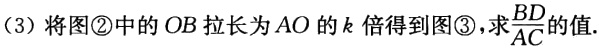
(3)将图\textcircled{2}中的\(OB\)拉长为\(AO\)的\(k\)倍得到图\textcircled{3}，求\(\frac{BD}{AC}\)的值.